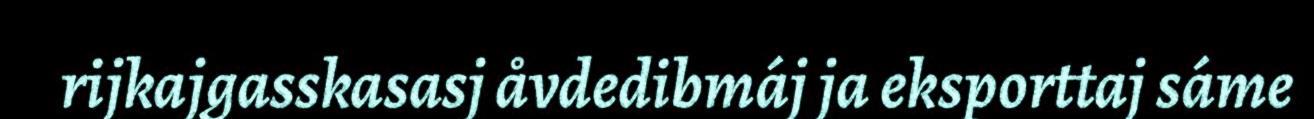
rijkajgasskasasj åvdedibmáj ja eksporttaj sáme